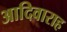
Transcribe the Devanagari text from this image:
आदिवाराह